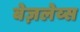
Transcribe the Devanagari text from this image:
बेज़लेव्स